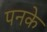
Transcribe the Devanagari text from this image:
पनके